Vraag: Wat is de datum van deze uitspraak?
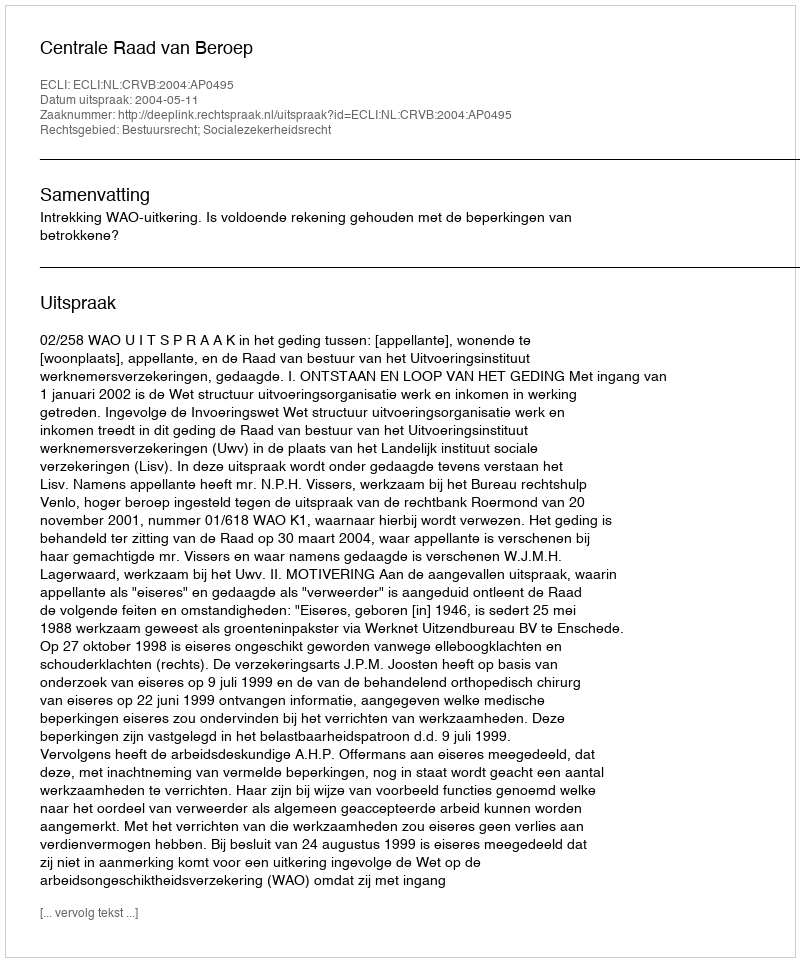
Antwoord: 2004-05-11